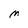
Character: M